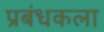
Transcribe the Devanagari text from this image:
प्रबंधकला